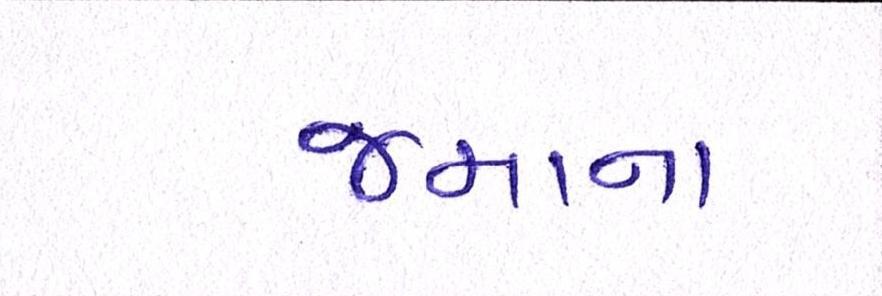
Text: જમાના